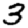
Digit: 3